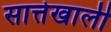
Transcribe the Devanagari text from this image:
सात्तेखाली